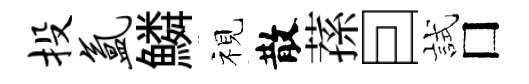
投氲鱗视散蓀囙試□